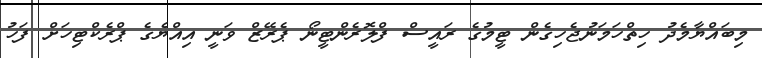
މިބައްޔާމެދު ހިތްހަމަނުޖެހިގެން ޓީމުގެ ރައީސް ފްލޮރެންޓީނޯ ޕެރޭޒް ވަނީ އިއްޔެގެ ޕްރެކްޓިހަށް ފަހު